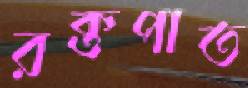
রক্তপাত